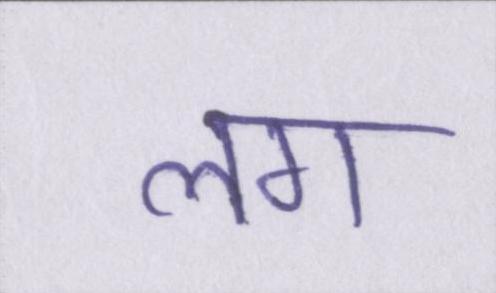
लग